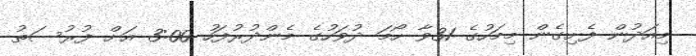
މިއަދުން ފެށިގެން މިމަހުގެ 31ވާ ހޯމަ ދުވަހުގެ މެންދުރުފަހު 3:00 އަށް ފުރުސަތު